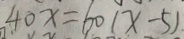
4 0 x = 6 0 ( x - 5 )